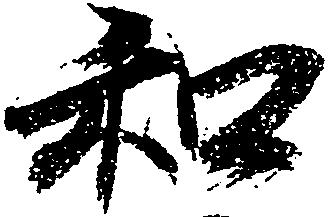
和